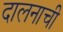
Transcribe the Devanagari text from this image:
दालनाची